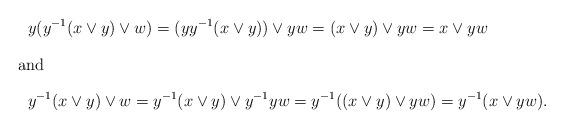
\begin{align*}&y(y^{-1}(x\vee y)\vee w)=(yy^{-1}(x\vee y))\vee yw=(x\vee y)\vee yw=x\vee yw\\\intertext{and}&y^{-1}(x\vee y)\vee w=y^{-1}(x\vee y)\vee y^{-1}yw=y^{-1}((x\vee y)\vee yw)=y^{-1}(x\vee yw).\end{align*}